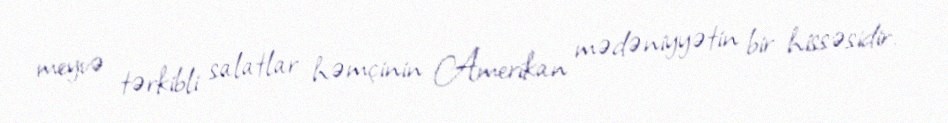
meyvə tərkibli salatlar həmçinin Amerikan mədəniyyətin bir hissəsidir.